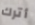
أترك